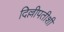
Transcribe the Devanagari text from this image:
दिल्लीपतीशी